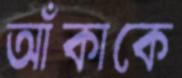
আঁকাকে